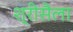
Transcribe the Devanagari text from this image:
श्रीसैला